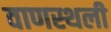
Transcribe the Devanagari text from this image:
वाणस्थली